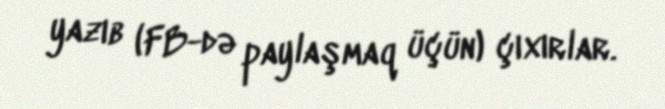
yazıb (FB-də paylaşmaq üçün) çıxırlar.